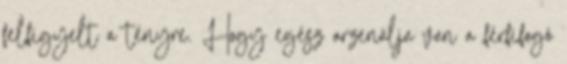
felfigyelt a tényre. Hogy egész arzenálja van a férfifogó